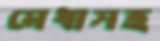
মেধাসহ